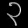
Digit: ၃